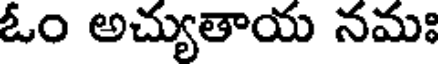
ఓం అచ్యుతాయ నమః